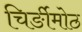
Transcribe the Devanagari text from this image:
चिर्ङीमोठ